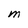
Character: M